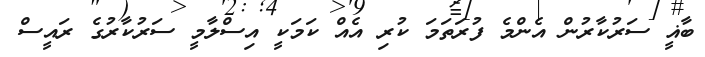
ބާޣީ ސަރުކާރުން އެންމެ ފުރަތަމަ ކުރި އެއް ކަމަކީ އިސްލާމީ ސަރުކާރުގެ ރައީސް